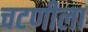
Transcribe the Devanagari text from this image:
चटणीला